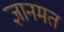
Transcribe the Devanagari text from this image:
ज्ञानमत